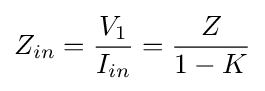
Z_{in}={\frac {V_{1}}{I_{in}}}={\frac {Z}{1-K}}